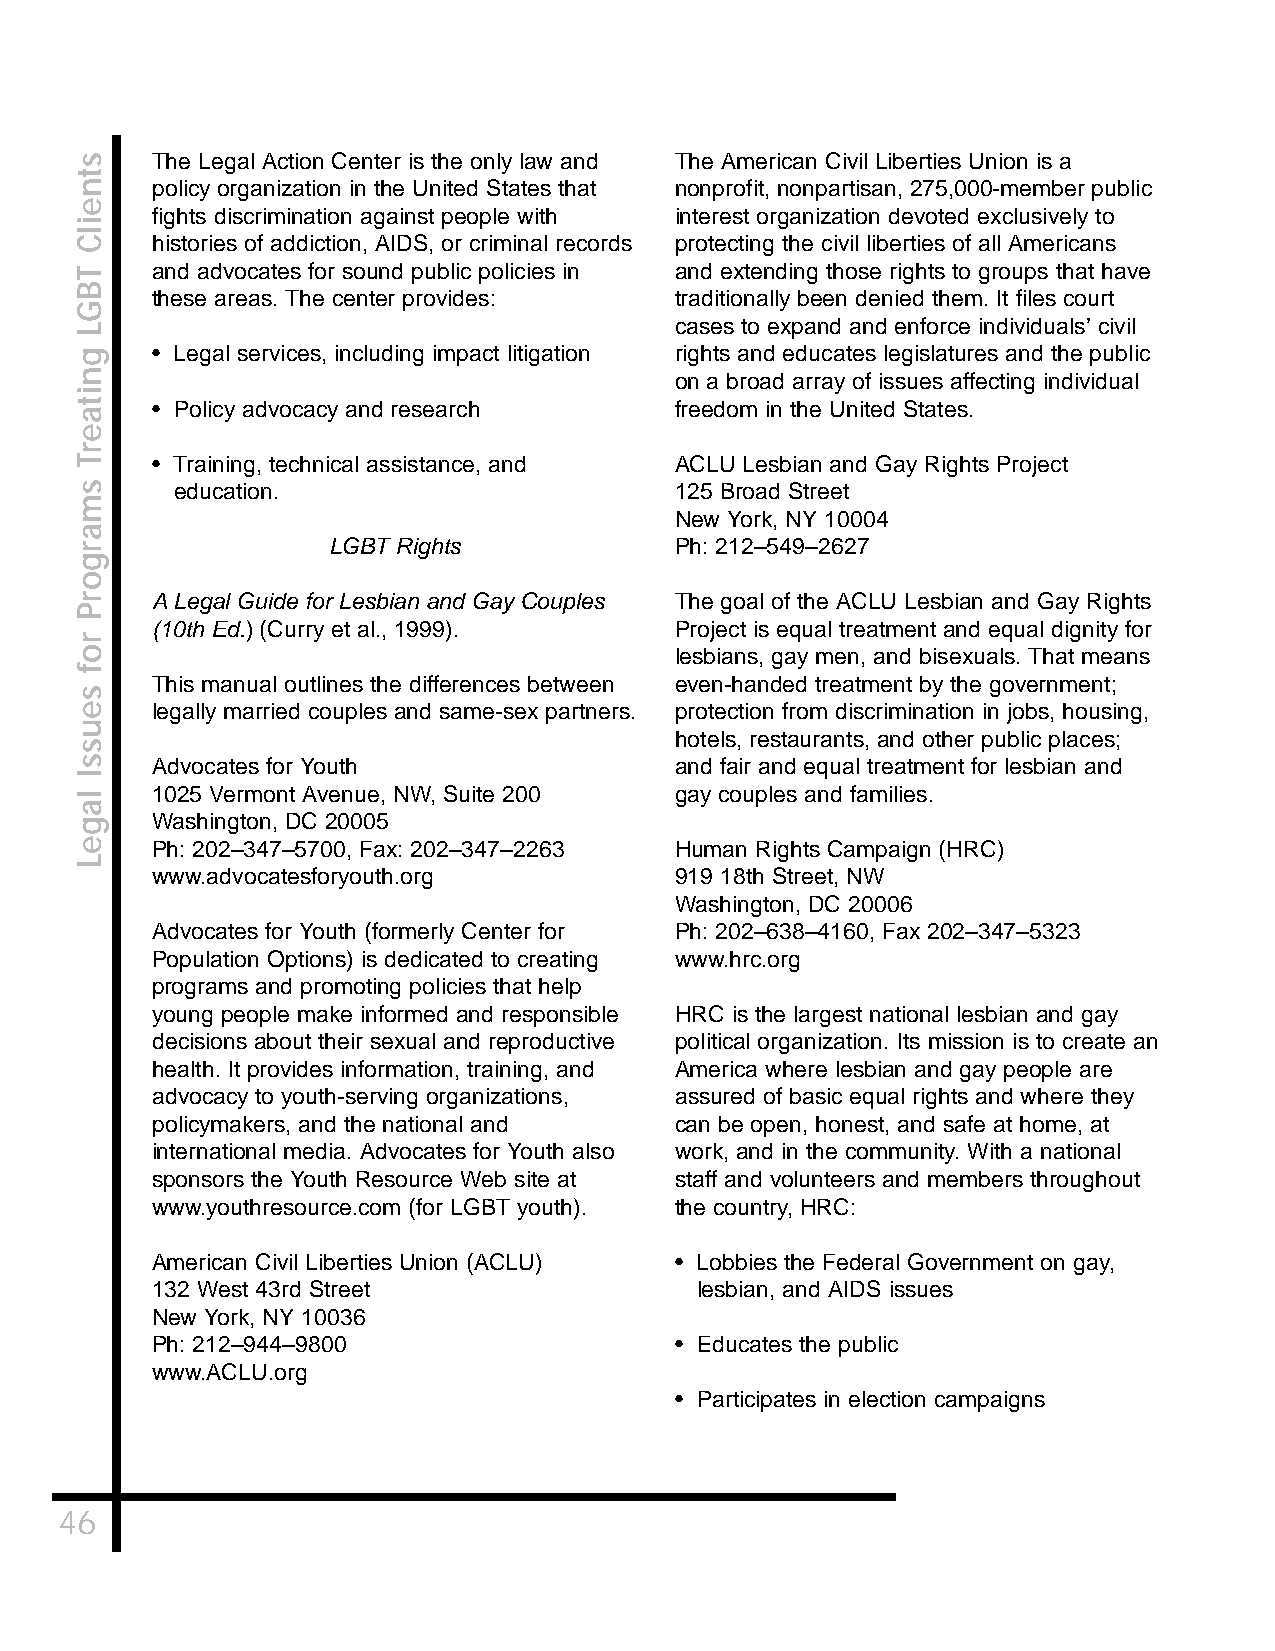
The Legal Action Center is the only law and The American Civil Liberties Union is a
 policy organization in the United States that nonprofit, nonpartisan, 275,000-member public
 fights discrimination against people with interest organization devoted exclusively to
 histories of addiction, AIDS, or criminal records protecting the civil liberties of all Americans
 and advocates for sound public policies in and extending those rights to groups that have
 these areas. The center provides:  traditionally been denied them. It files court
 cases to expand and enforce individuals’ civil
 • Legal services, including impact litigation rights and educates legislatures and the public
 on a broad array of issues affecting individual
 • Policy advocacy and research     freedom in the United States.
 • Training, technical assistance, and ACLU Lesbian and Gay Rights Project
 education.                       125 Broad Street
 New York, NY 10004
 LGBT Rights            Ph: 212–549–2627
 A Legal Guide for Lesbian and Gay Couples The goal of the ACLU Lesbian and Gay Rights
 (10th Ed.) (Curry et al., 1999).   Project is equal treatment and equal dignity for
 lesbians, gay men, and bisexuals. That means
 This manual outlines the differences between even-handed treatment by the government;
 legally married couples and same-sex partners. protection from discrimination in jobs, housing,
 hotels, restaurants, and other public places;
 Advocates for Youth                and fair and equal treatment for lesbian and
 1025 Vermont Avenue, NW, Suite 200 gay couples and families.
 Washington, DC 20005
 Ph: 202–347–5700, Fax: 202–347–2263 Human Rights Campaign (HRC)
 www.advocatesforyouth.org          919 18th Street, NW
 Washington, DC 20006
 Advocates for Youth (formerly Center for Ph: 202–638–4160, Fax 202–347–5323
 Population Options) is dedicated to creating www.hrc.org
 programs and promoting policies that help
 young people make informed and responsible HRC is the largest national lesbian and gay
 decisions about their sexual and reproductive political organization. Its mission is to create an
 health. It provides information, training, and America where lesbian and gay people are
 advocacy to youth-serving organizations, assured of basic equal rights and where they
 policymakers, and the national and can be open, honest, and safe at home, at
 international media. Advocates for Youth also work, and in the community. With a national
 sponsors the Youth Resource Web site at staff and volunteers and members throughout
 www.youthresource.com (for LGBT youth). the country, HRC:
 American Civil Liberties Union (ACLU) • Lobbies the Federal Government on gay,
 132 West 43rd Street                lesbian, and AIDS issues
 New York, NY 10036
 Ph: 212–944–9800                   • Educates the public
 www.ACLU.org
 • Participates in election campaigns
 46
 stneilC
 TBGL
 gnitaerT
 smargorP
 rof
 seussI
 lageL